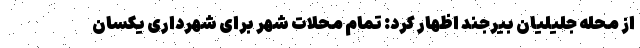
از محله جلیلیان بیرجند اظهار کرد: تمام محلات شهر برای شهرداری یکسان